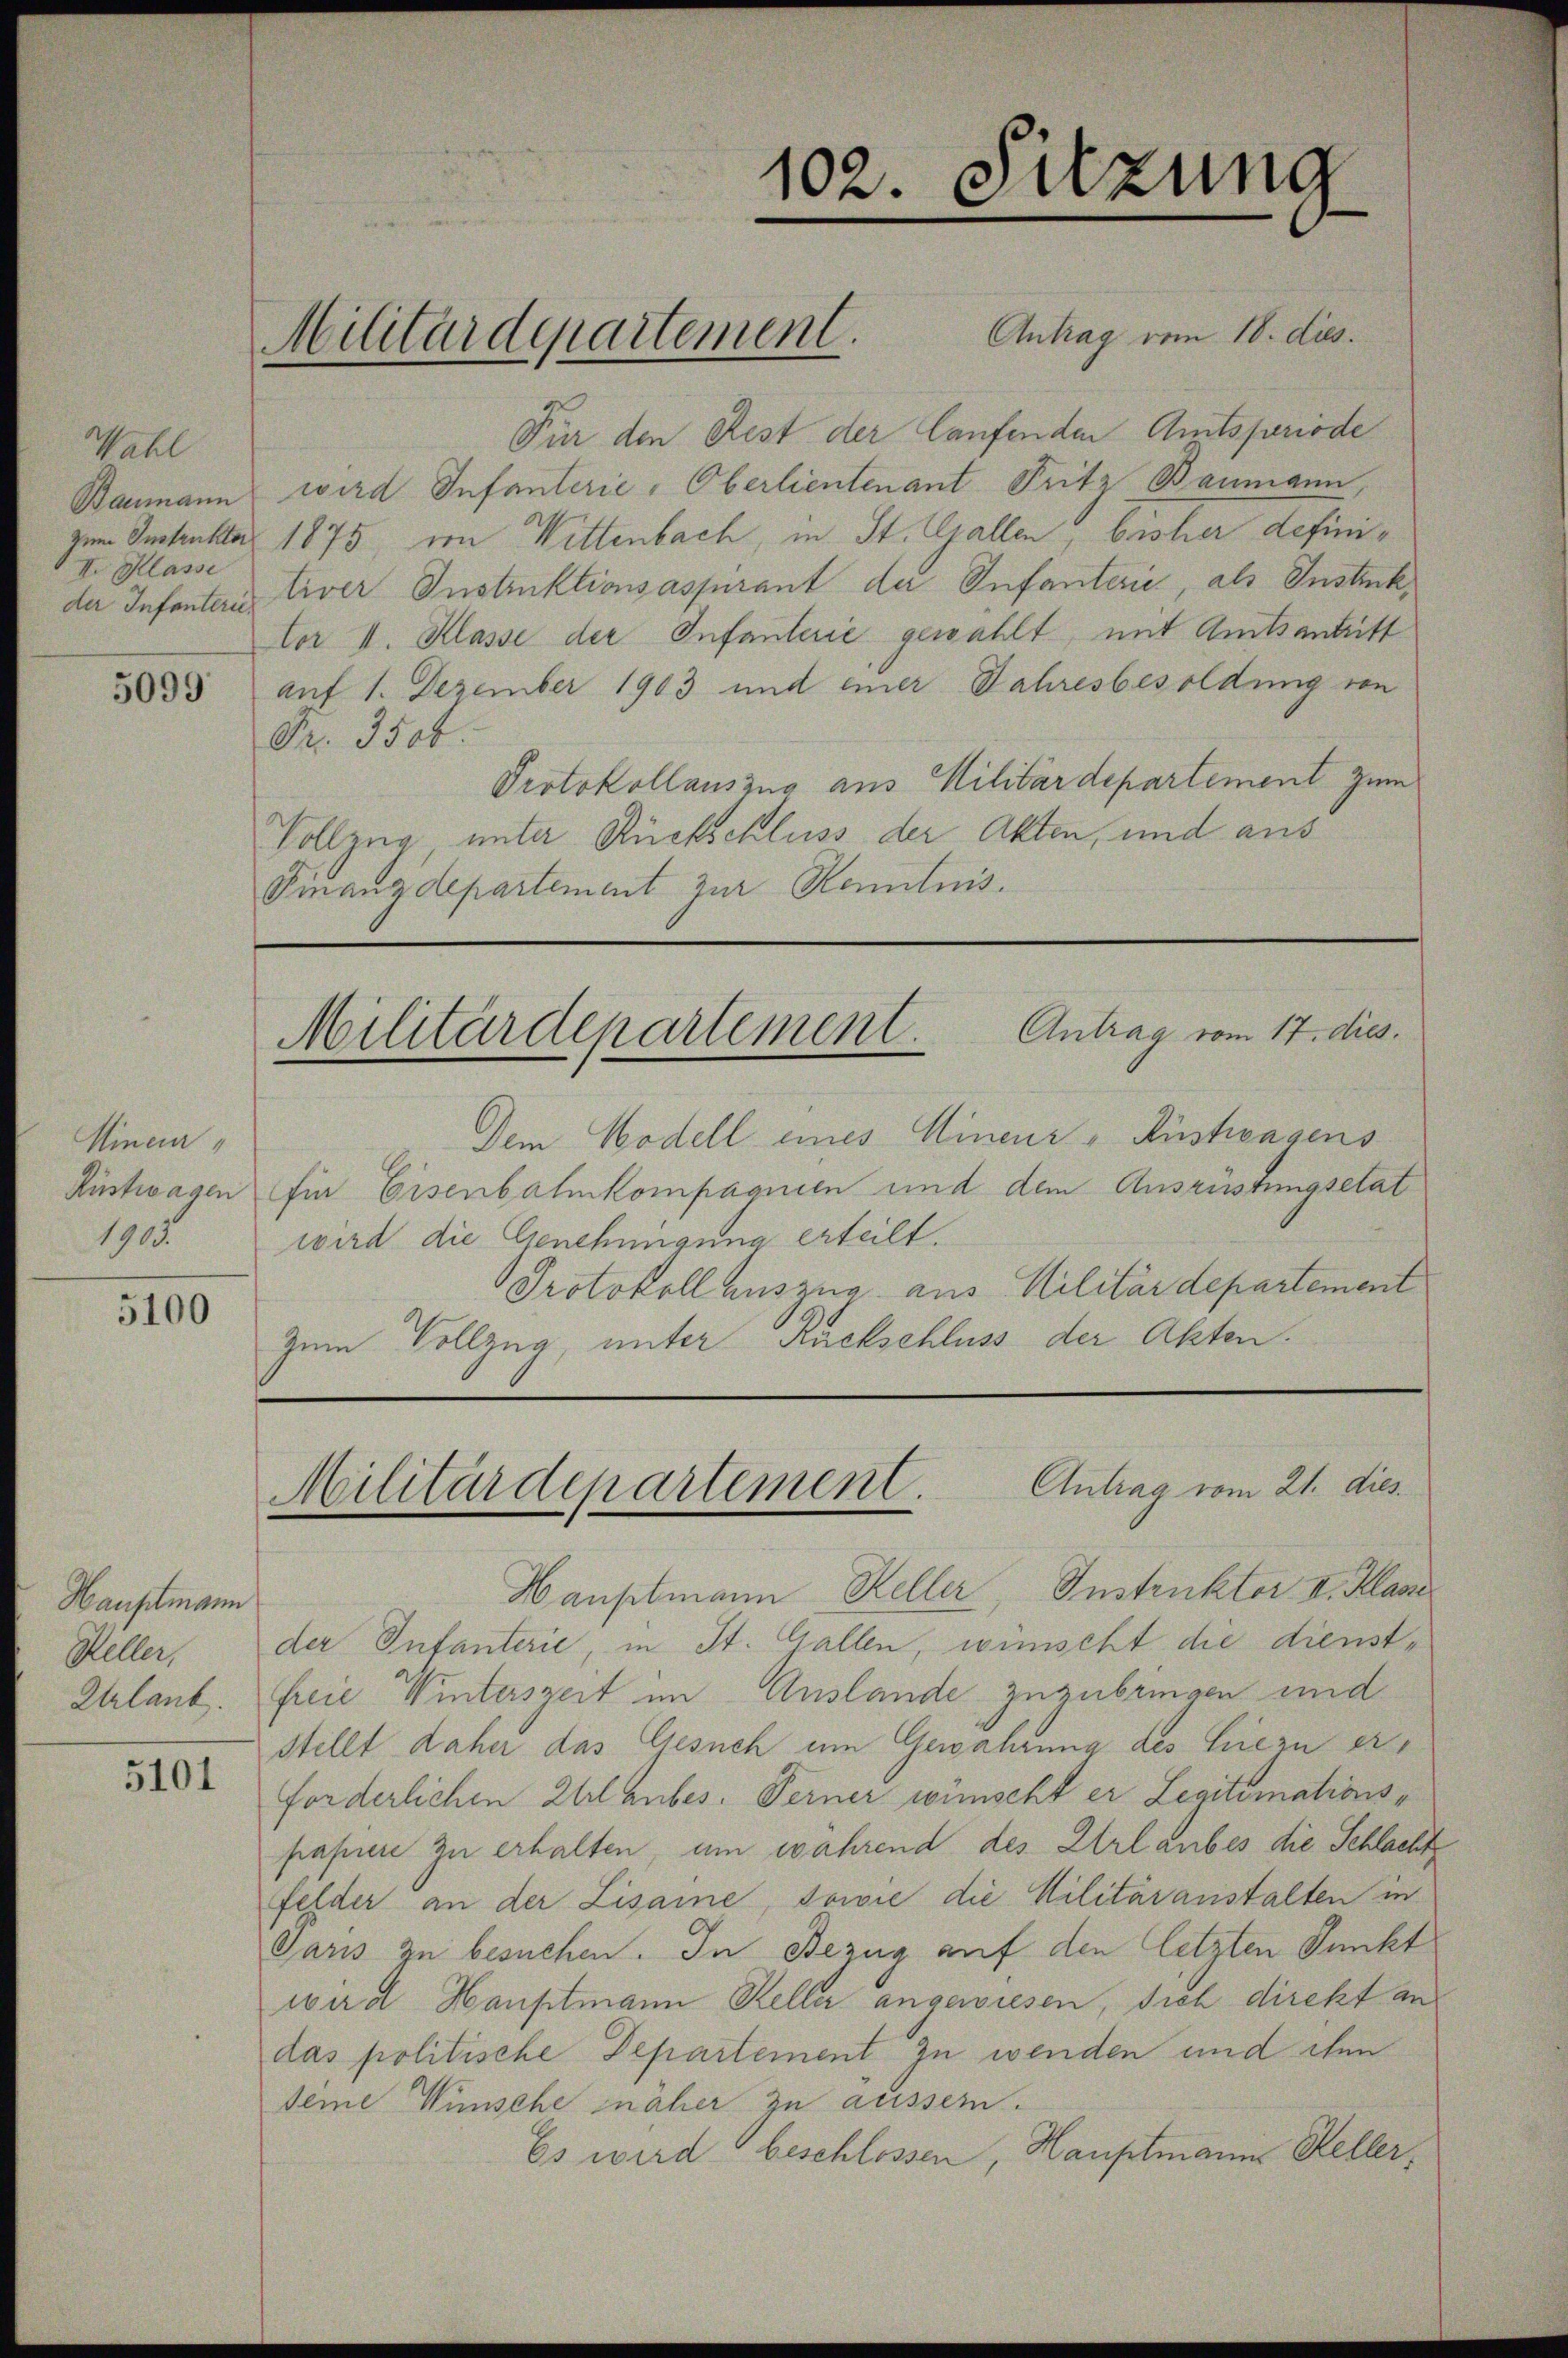
Wahl
III. Klasse
der Infanterie.

5099

Miner
1905
5100

Hauptmann
Keller,
Urlaub.

5101

Antrag vom 18. dies.
Für den Rest der laufenden Amtsperiode
Baumann wird Infanterie-Oberlieutenant Fritz Baumann,
zum Anstruktars 1875, von Wittenbach, in St. Gallen, bisher definitiver Instruktionsaspirant der Infanterie, als Instick¬
Cor II. Klasse der Infaulerie gewählt, mit Amtsantritt
auf 1. Dezember 1903 und einer Jahresbesoldung von
Fr. 3500.
Protokollauszug aus Militärdepartement zum
Vollzug unter Rückschluss der Akten, und aus
Finanzdepartement zur Kenntnis.

Militärdepartement.

102. Sitzung

Dem Modell eines Hineur-Austragens
Rüstwagen für Eisenbahnkompagnien und dem Ausrüstungsetat
wird die Genehmigung erteilt.
Protokoll auszug aus Militärdepartement
Zum Vollzug, unter Rückschluss der Akten.

Militärdepartement. Antrag vom 17. dies.

Militärdepartement. Antrag vom 21. dies

Hauptmann Keller, Instruktor. I. Klas
der Infanterie, in St. Gallen, wünscht die dienstfreie Winterszeit im Auslande zuzubringen und
stellt daher das Gesuch um Gewahrung des Hiezu erforderlichen Erlaubes. Ferner wünscht er Legitimationspapiere zu erhalten, um während des Urlaubes die Schlachs
Felder an der Lisame, sowie die Militäranstalten in
Paris zu besuchen. In Bezug auf den letzten Punkt
wird Hauptmann Keller angewiesen, dich direkt an
das politische Departement zu wenden und ihm
seine Wünsche näher zu aussern.
Es wird beschlossen, Hauptmann Keller¬